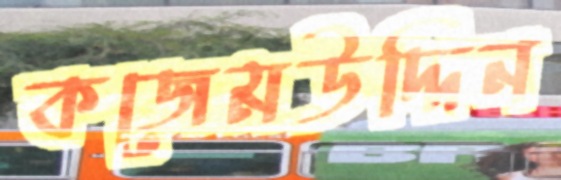
কজেমউদ্দিন